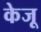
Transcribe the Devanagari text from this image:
केजू